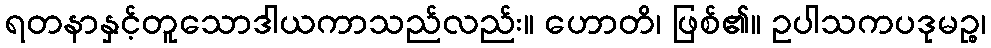
ရတနာနှင့်တူသောဒါယကာသည်လည်း။ ဟောတိ၊ ဖြစ်၏။ ဥပါသကပဒုမဉ္စ၊